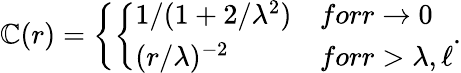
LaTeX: {\cal\mathbb{C}}(r)=\left\{ \left\{ \begin{array}{ll}{{1/(1+2/\lambda^{2})}}&{{forr\rightarrow 0}}\\ {{(r/\lambda)^{-2}}}&{{forr>\lambda,\ell}}\end{array}\right.\right..